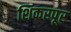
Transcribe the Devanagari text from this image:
शिकरपूर